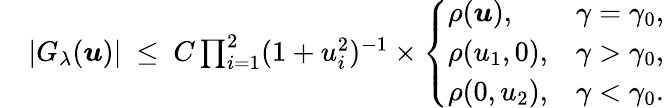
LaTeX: \begin{array}{rl}&{|G_{\lambda}(\boldsymbol{u})|\ \le\ C\prod_{i=1}^{2}(1+u_{i}^{2})^{-1}\times\left\{ \begin{array}{ll}{\rho(\boldsymbol{u}),}&{\gamma=\gamma_{0},}\\ {\rho(u_{1},0),}&{\gamma>\gamma_{0},}\\ {\rho(0,u_{2}),}&{\gamma<\gamma_{0}.}\end{array}\right.}\end{array}